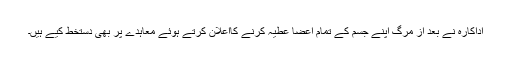
اداکارہ نے بعد از مرگ اپنے جسم کے تمام اعضا عطیہ کرنے کااعلان کرتے ہوئے معاہدے پر بھی دستخط کیے ہیں۔